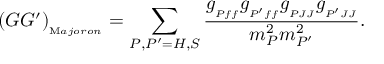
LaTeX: ( G G ^ { \prime } ) _ { { } _ { { \mathrm M a j o r o n } } } = \sum _ { P , P ^ { \prime } = H , S } { { \frac { g _ { { } _ { P f f } } g _ { { } _ { P ^ { \prime } f f } } g _ { { } _ { P J J } } g _ { { } _ { P ^ { \prime } J J } } } { m _ { P } ^ { 2 } m _ { P ^ { \prime } } ^ { 2 } } } } .